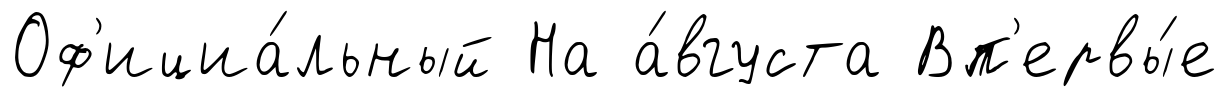
Оф'ициа́льный На а́вгуста Вп'ервы́е